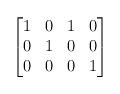
LaTeX: \begin{align*}\begin{bmatrix}1 & 0 & 1 & 0 \\0 & 1 & 0 & 0 \\0 & 0 & 0 & 1\end{bmatrix}\end{align*}